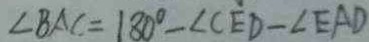
\angle B A C = 1 8 0 ^ { \circ } - \angle C E D - \angle E A D